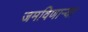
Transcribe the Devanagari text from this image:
जमविणार्‍या